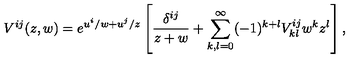
V ^ { i j } ( z , w ) = e ^ { u ^ { i } / w + u ^ { j } / z } \left[ { \frac { \delta ^ { i j } } { z + w } } + \sum _ { k , l = 0 } ^ { \infty } ( - 1 ) ^ { k + l } V _ { k l } ^ { i j } w ^ { k } z ^ { l } \right] ,